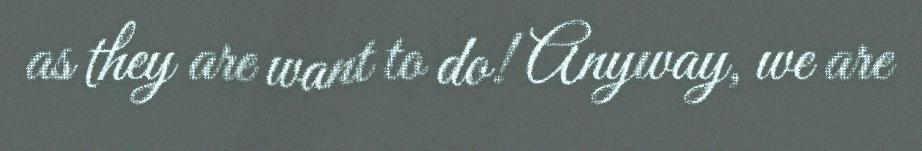
as they are want to do! Anyway, we are